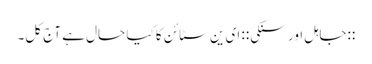
::جاہل اور سنکی:: ای ین سٹائن کا کیا حال ہے آج کل۔